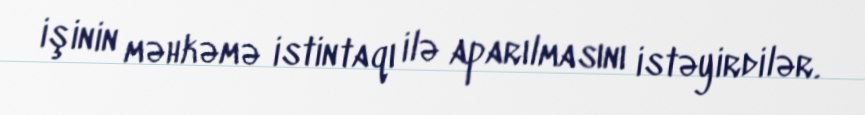
işinin məhkəmə istintaqı ilə aparılmasını istəyirdilər.